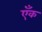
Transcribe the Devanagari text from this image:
एँक